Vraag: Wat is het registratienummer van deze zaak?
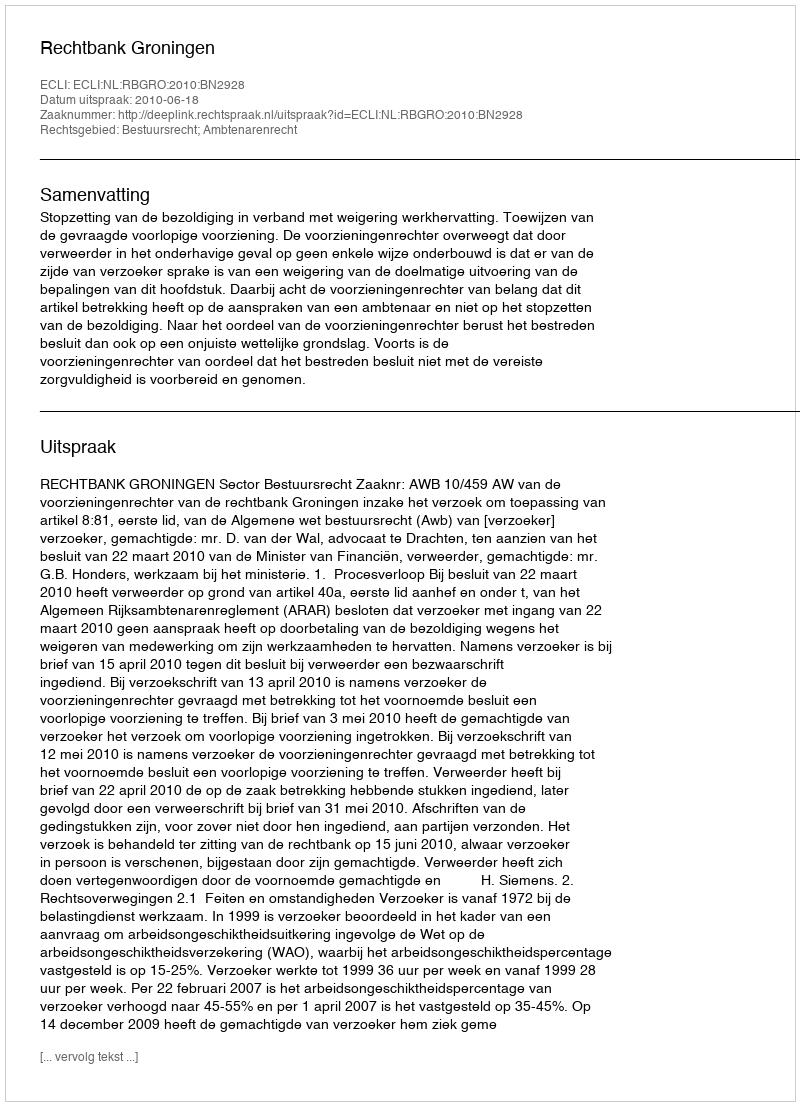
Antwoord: http://deeplink.rechtspraak.nl/uitspraak?id=ECLI:NL:RBGRO:2010:BN2928